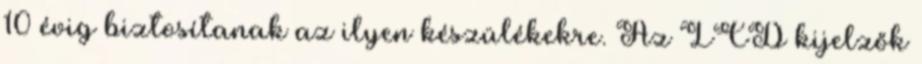
10 évig biztosítanak az ilyen készülékekre. Az LCD kijelzők